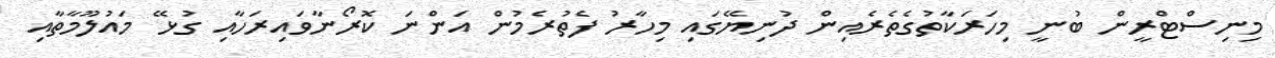
މިނިސްޓްރީން ބުނީ މިހަރަކާތުގެތެރެއިން ދުނިޔޭގައި މިހާރު ފެތުރެމުން އަންނަ ކޮރޯނާވައިރަހާއި ގުޅޭ މައުލޫމާތާއި